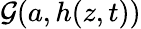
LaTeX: \mathcal{G}(a,h(z,t))